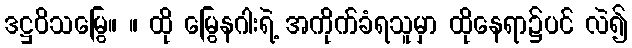
ဒဋ္ဌဝိသမြွေ။ ။ ထို မြွေနဂါးရဲ့ အကိုက်ခံရသူမှာ ထိုနေရာ၌ပင် လဲ၍